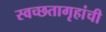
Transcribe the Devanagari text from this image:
स्वच्छतागृहांची